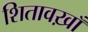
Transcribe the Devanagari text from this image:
शितावख़ाँ